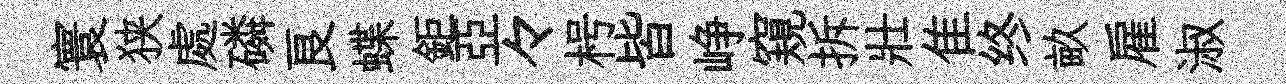
寰狭處磷良蝶鉅亞々枵皆峥窺拆壯隹终畝雇淑